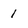
Character: 1